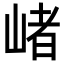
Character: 𡺐